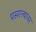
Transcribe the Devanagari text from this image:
पसरल्यावर